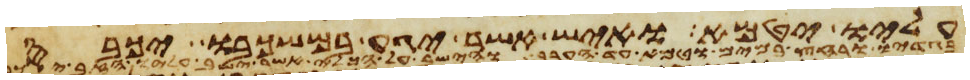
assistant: עליו יטמא ואיש אשר יגע במשכבו יכבס